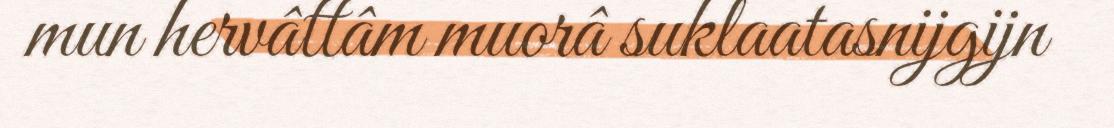
mun hervâttâm muorâ suklaatasnijgijn